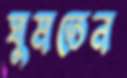
ঘুমতেন